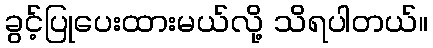
ခွင့်ပြုပေးထားမယ်လို့ သိရပါတယ်။